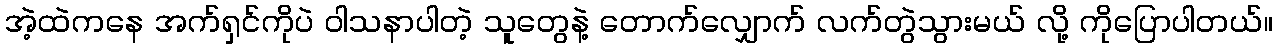
အဲ့ထဲကနေ အက်ရှင်ကိုပဲ ဝါသနာပါတဲ့ သူတွေနဲ့ တောက်လျှောက် လက်တွဲသွားမယ် လို့ ကိုပြောပါတယ်။